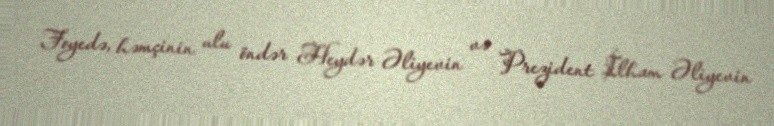
Foyedə, həmçinin ulu öndər Heydər Əliyevin və Prezident İlham Əliyevin